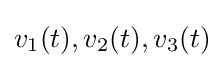
{v_{1}(t),v_{2}(t),v_{3}(t)}